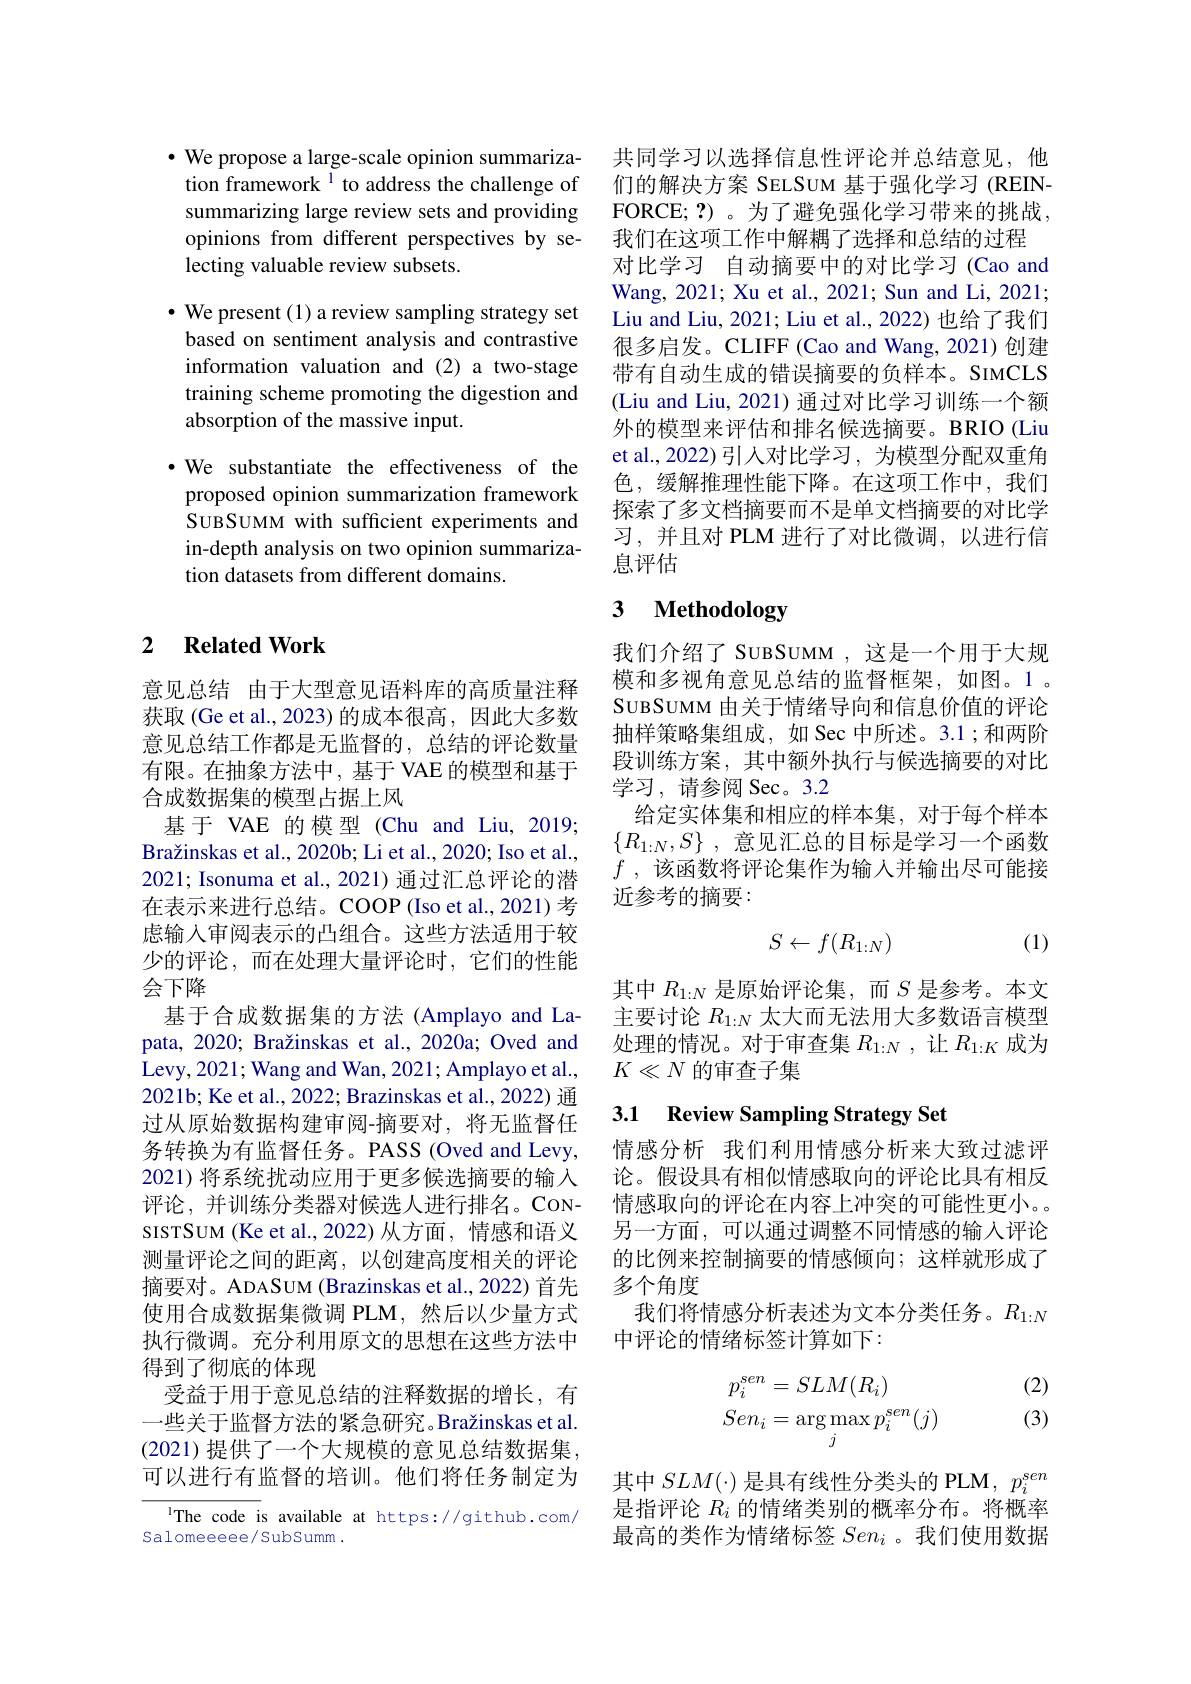
$\cdot$ We propose a large-scale opinion summarization framework$^{\mathrm{i}}$ to address the challenge of summarizing large review sets and providing opinions from different perspectives by selecting valuable review subsets.

$\bullet$ We present (1) a review sampling strategy set based on sentiment analysis and contrastive information valuation and (2) a two-stage training scheme promoting the digestion and absorption of the massive input.
·We substantiate the effectiveness of the proposed opinion summarization framework SUBSUMM with suffcient experiments and in-depth analysis on two opinion summarization datasets from different domains.

### 2 $\textbf{Related Work}$

意见总结 由于大型意见语料库的高质量注释获取(Ge et al.,2023)的成本很高，因此大多数意见总结工作都是无监督的，总结的评论数量有限。在抽象方法中，基于 VAE 的模型和基于合成数据集的模型占据上风
基于 VAE 的模型(Chu and Liu, 2019; Bražinskas et al., 2020b; Li et al., 2020; Iso et al., 2021; Isonuma et al., 2021) 通过汇总评论的潜在表示来进行总结。COOP (Iso et al.,2021) 考虑输入审阅表示的凸组合。这些方法适用于较少的评论，而在处理大量评论时，它们的性能会下降
基于合成数据集的方法 (Amplayo and Lapata, 2020; Bražinskas et al., 2020a; Oved and Levy, 2021; Wang and Wan, 2021; Amplayo et al., 2021b; Ke et al., 2022; Brazinskas et al., 2022) 通过从原始数据构建审阅-摘要对，将无监督任务转换为有监督任务。PASS(Oved and Levy, 2021) 将系统扰动应用于更多候选摘要的输入评论，并训练分类器对候选人进行排名。CONsISTSUM (Ke et al.,2022) 从方面，情感和语义测量评论之间的距离，以创建高度相关的评论摘要对。ADASUM (Brazinskas et al., 2022) 首先使用合成数据集微调 PLM,然后以少量方式执行微调。充分利用原文的思想在这些方法中得到了彻底的体现
受益于用于意见总结的注释数据的增长，有一些关于监督方法的紧急研究。Bražinskas et al (2021) 提供了一个大规模的意见总结数据集， 可以进行有监督的培训。他们将任务制定为The code is available at https://github.com/

Salomeeeee/ SubSumm .

共同学习以选择信息性评论并总结意见，他们的解决方案 SELSUM 基于强化学习 (REINFORCE; ?)。为了避免强化学习带来的挑战， 我们在这项工作中解耦了选择和总结的过程
对比学习 自动摘要中的对比学习(Cao and Wang, 2021; Xu et al., 2021; Sun and Li, 2021; Liu and Liu, 2021; Liu et al., 2022) 也给了我们很多启发。CLIFF(Cao and Wang,2021)创建带有自动生成的错误摘要的负样本。SIMCLS (Liu and Liu, 2021) 通过对比学习训练一个额外的模型来评估和排名候选摘要。BRIO (Liu et al.,2022)引入对比学习，为模型分配双重角色，缓解推理性能下降。在这项工作中，我们探索了多文档摘要而不是单文档摘要的对比学习，并且对 PLM 进行了对比微调，以进行信息评估

# 3 Methodology

我们介绍了 SUBSUMM ,这是一个用于大规模和多视角意见总结的监督框架，如图。1。SUBSUMM 由关于情绪导向和信息价值的评论抽样策略集组成，如 Sec 中所述。3.1;和两阶段训练方案，其中额外执行与候选摘要的对比学习，请参阅 Sec。3.2
给定实体集和相应的样本集，对于每个样本$\{ R_{1: N}, S\}$ ,意见汇总的目标是学习一个函数$f$ , 该函数将评论集作为输入并输出尽可能接近参考的摘要：
$$S\leftarrow f(R_{1:N})$$
(1)

其中$R_{1:N}$是原始评论集，而$S$是参考。本文主要讨论$R_{1:N}$太大而无法用大多数语言模型处理的情况。对于审查集$R_{1:N}$,让$R_{1:K}$成为$K\ll N$的审查子集

# 3.1 Review Sampling Strategy Set

情感分析 我们利用情感分析来大致过滤评论。假设具有相似情感取向的评论比具有相反情感取向的评论在内容上冲突的可能性更小。另一方面，可以通过调整不同情感的输入评论的比例来控制摘要的情感倾向；这样就形成了多个角度
我们将情感分析表述为文本分类任务。$R_{1:N}$
中评论的情绪标签计算如下：

(2) (3)
$$\begin{aligned}p_i^{sen}&=SLM(R_i)\\Sen_i&=\arg\max_jp_i^{sen}(j)\end{aligned}$$
其中$SLM(\cdot)$是具有线性分类头的 PLM, $p_i^{sen}$ 是指评论$R_i$的情绪类别的概率分布。将概率最高的类作为情绪标签$Sen_i$ 。我们使用数据